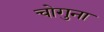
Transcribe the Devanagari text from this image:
चोगुना